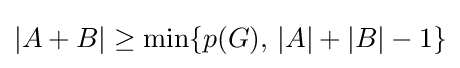
|A+B|\geq \min\{p(G),\,|A|+|B|-1\}